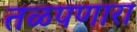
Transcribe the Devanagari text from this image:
तळपणारा